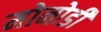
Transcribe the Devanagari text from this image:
मोनोडी